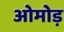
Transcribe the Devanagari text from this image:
ओमोड़